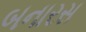
બનારસ